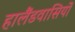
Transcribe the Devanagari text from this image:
हालैंडवासियों